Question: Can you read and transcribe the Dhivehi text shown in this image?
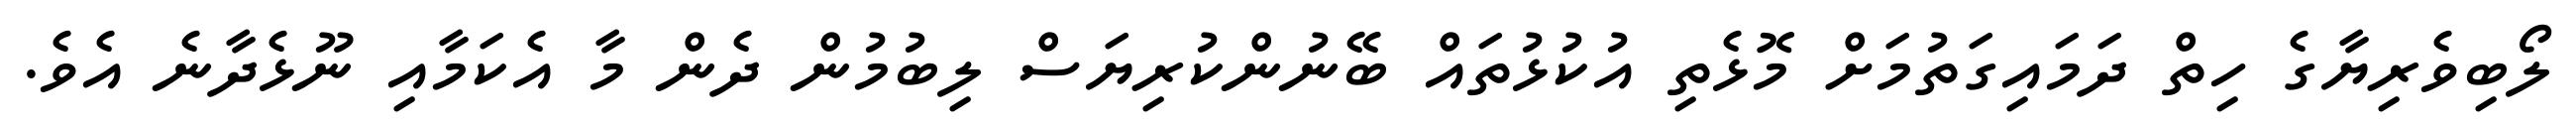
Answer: ލޯބިވެރިޔާގެ ހިތް ދަމައިގަތުމަށް މޮޅެތި އުކުޅުތައް ބޭނުންކުރިޔަސް ލިބުމުން ދެން މާ އެކަމާއި ނޫޅެދާނެ އެވެ.